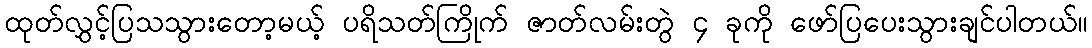
ထုတ်လွှင့်ပြသသွားတော့မယ့် ပရိသတ်ကြိုက် ဇာတ်လမ်းတွဲ ၄ ခုကို ဖော်ပြပေးသွားချင်ပါတယ်။